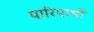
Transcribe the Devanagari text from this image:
पारिपाश्वों